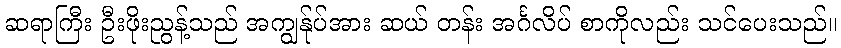
ဆရာကြီး ဦးဖိုးညွန့်သည် အကျွန်ုပ်အား ဆယ် တန်း အင်္ဂလိပ် စာကိုလည်း သင်ပေးသည်။